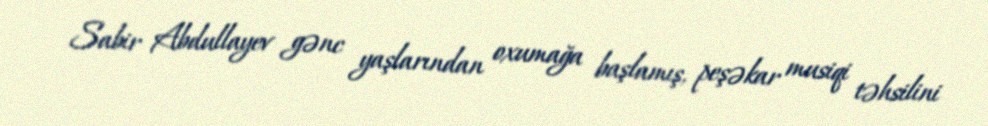
Sabir Abdullayev gənc yaşlarından oxumağa başlamış, peşəkar musiqi təhsilini